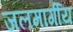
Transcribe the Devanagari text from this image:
जलमार्गीय